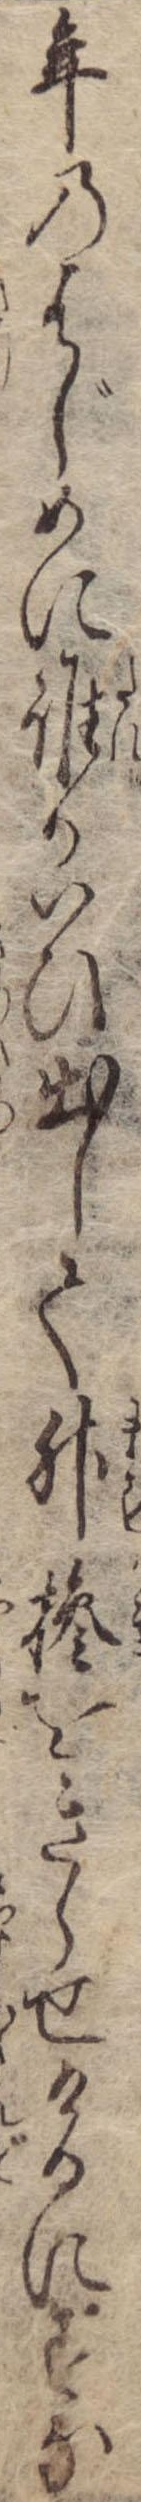
年のはじめに誰かいひ出して升をきらせけるにすな